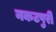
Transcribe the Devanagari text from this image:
नकटपुरी